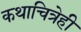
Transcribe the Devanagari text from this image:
कथाचित्रेही